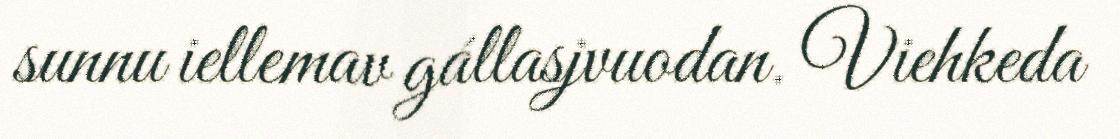
sunnu iellemav gállasjvuodan. Viehkeda